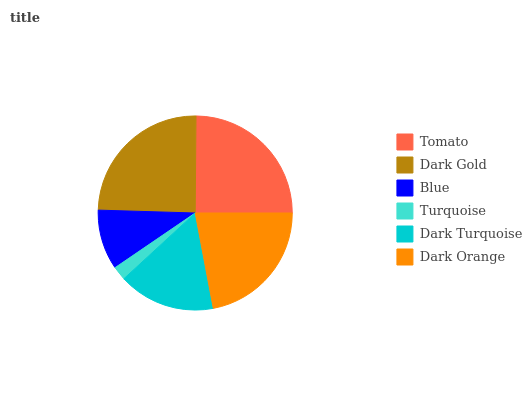
| Tomato | Dark Gold | Blue | Turquoise | Dark Turquoise | Dark Orange |
 | --- | --- | --- | --- | --- | --- |
 | 24.9% | 24.7% | 10% | 2.33% | 16.1% | 22% |